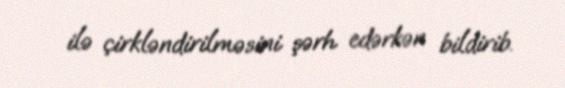
ilə çirkləndirilməsini şərh edərkən bildirib.